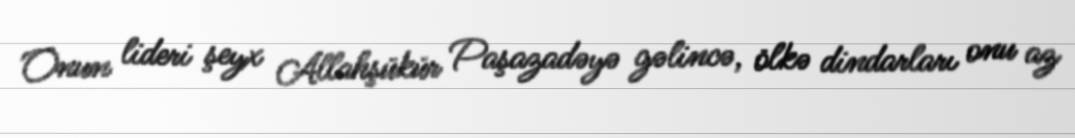
Onun lideri şeyx Allahşükür Paşazadəyə gəlincə, ölkə dindarları onu az